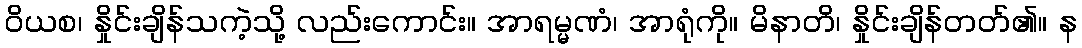
ဝိယစ၊ နှိုင်းချိန်သကဲ့သို့ လည်းကောင်း။ အာရမ္မဏံ၊ အာရုံကို။ မိနာတိ၊ နှိုင်းချိန်တတ်၏။ န